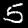
Digit: 5